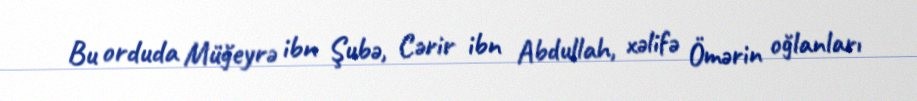
Bu orduda Müğeyrə ibn Şubə, Cərir ibn Abdullah, xəlifə Ömərin oğlanları